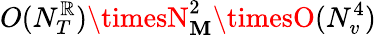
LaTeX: O(N_{T}^{\mathbb{R}})\timesN_{\mathbf{M}}^{2}\timesO(N_{v}^{4})